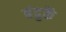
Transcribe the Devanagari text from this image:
बंदुकें